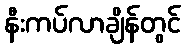
နီးကပ်လာချိန်တွင်